Scientific memoirs by medical officers of the Army of India - Part VII,
Year: 1892
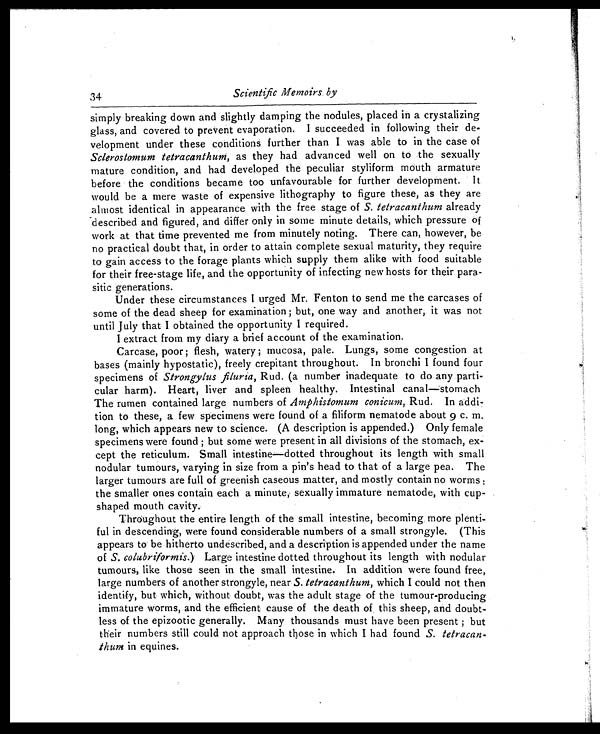
34
Scientific Memoirs by
simply breaking down and slightly damping the nodules, placed in a crystalizing
glass, and covered to prevent evaporation. I succeeded in following their de-
velopment under these conditions further than I was able to in the case of
Scierostomum tetracantlium, as they had advanced well on to the sexually
mature condition, and had developed the peculiar styliform mouth armature
before the conditions became too unfavourable for further development. It
would be a mere waste of expensive lithography to figure these, as they are
almost identical in appearance with the free stage of S. tetracanthum already
described and figured, and differ only in some minute details, which pressure of
work at that time prevented me from minutely noting. There can, however, be
no practical doubt that, in order to attain complete sexual maturity, they require
to gain access to the forage plants which supply them alike with food suitable
for their free-stage life, and the opportunity of infecting new hosts for their para-
sitic generations.
Under these circumstances I urged Mr. Fenton to send me the carcases of
some of the dead sheep for examination ; but, one way and another, it was not
until July that I obtained the opportunity I required.
I extract from my diary a brief account of the examination.
Carcase, poor; flesh, watery ; mucosa, pale. Lungs, some congestion at
bases (mainly hypostatic), freely crepitant throughout. In bronchi I found four
specimens of Strongyius fiiuria, Rud. (a number inadequate to do any parti-
cular harm). Heart, liver and spleen healthy. Intestinal canal—stomach
The rumen contained large numbers of Amphistomum conicurn, Rud. In addi-
tion to these, a few specimens were found of a fihiform nematode about 9 c. m.
long, which appears new to science. (A description is appended.) Only female
specimens were found ; but some were present in all divisions of the stomach, ex-
cept the reticular. Small intestine—dotted throughout its length with small
nodular tumours, varying in size from a pin's head to that of a large pea. The
larger tumours are full of greenish caseous matter, and mostly contain no worms
the smaller ones contain each a minute, sexually immature nematode, with cup-
shaped mouth cavity.
Throughout the entire length of the small intestine, becoming more plenti-
ful in descending, were found considerable numbers of a small strongyle. (This
appears to be hitherto undescribed, and a description is appended under the name
of S. colubriformis.) Large intestine dotted throughout its length with nodular
tumours, like those seen in the small intestine. In addition were found free,
large numbers of another strongyle, near S. tetracanthum, which I could not then
identify, but which, without doubt, was the adult stage of the tumour-producing
immature worms, and the efficient cause of the death of this sheep, and doubt-
less of the epizootic generally. Many thousands must have been present ; but
their numbers still could not approach those in which I had found S. tetracan-
thum in equines.